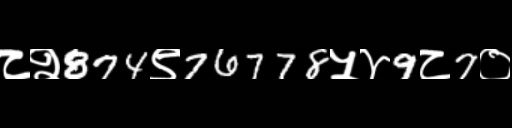
Text: ८२874९76778५४9८7०